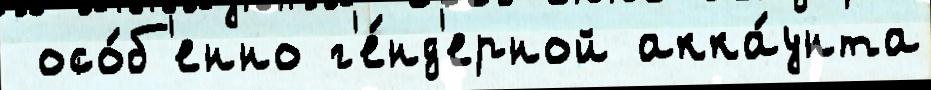
 осо́б'енно г'е́нд'ерной акка́унта